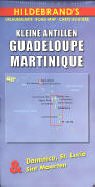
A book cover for "Kleine Antillen ; Guadeloupe ; Martinique"; Collectif; Travel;